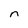
Character: n